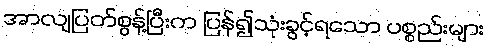
အာလျပြတ်စွန့်ပြီးက ပြန်၍သုံးခွင့်ရသော ပစ္စည်းများ